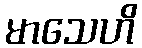
မာသေဟိ